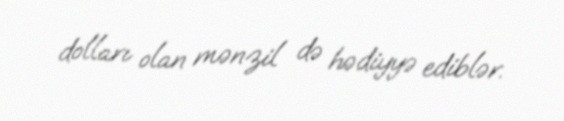
dolları olan mənzil də hədiyyə ediblər.